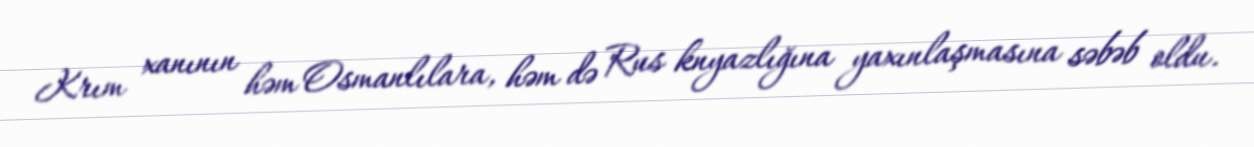
Krım xanının həm Osmanlılara, həm də Rus knyazlığına yaxınlaşmasına səbəb oldu.